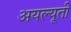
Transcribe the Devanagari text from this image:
अयल्यूती